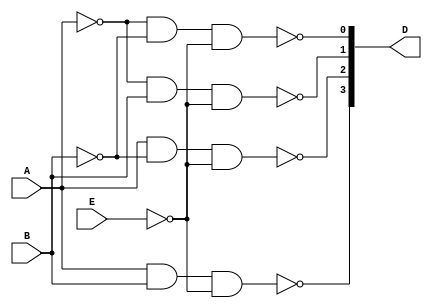
module decoder
(
	A,
	B,
	E,
	D
);

	input A;
	input B;
	input E;
	output [3:0] D;

	nand nand_0(D[0], ~A, ~B, ~E);
	nand nand_1(D[1], ~A, B, ~E);
	nand nand_2(D[2], A, ~B, ~E);
	nand nand_3(D[3], A, B, ~E);

endmodule